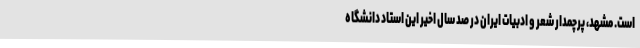
است. مشهد، پرچمدار شعر و ادبیات ایران در صد سال اخیر این استاد دانشگاه